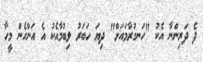
ދެ ދަރިންނާ އެކު "ހަނގުރާމައަށް" ދިޔަ ހަބަރު ލިބުމާއެކު އެ އަންހެން މީހާ